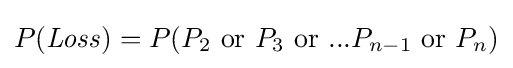
P({\mathit {Loss}})=P(P_{2}{\mbox{ or }}P_{3}{\mbox{ or }}...P_{n-1}{\mbox{ or }}P_{n})